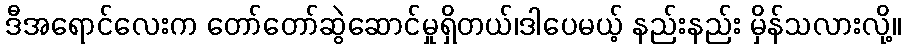
ဒီအရောင်လေးက တော်တော်ဆွဲဆောင်မှုရှိတယ်၊ဒါပေမယ့် နည်းနည်း မှိန်သလားလို့။